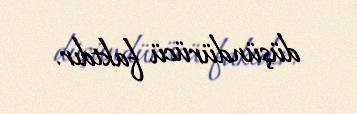
düşündürücü faktdır.